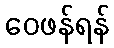
ဝေဖန်ရန်